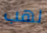
لهب